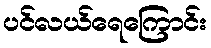
ပင်လယ်ရေကြောင်း